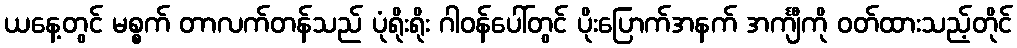
ယနေ့တွင် မစ္စက် တာလက်တန်သည် ပုံရိုးရိုး ဂါဝန်ပေါ်တွင် ပိုးပြောက်အနက် အင်္ကျီကို ဝတ်ထားသည့်တိုင်